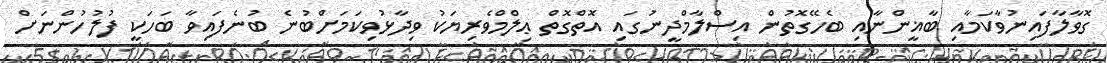
ގޮވާލާފައިނުވާކަމާއި ބާޣީންނާއި ބެހޭގޮތުން އިސްލާމްދީނުގައި އޮތްގޮތް ޢިލްމްވެރިޔަކު ވިދާޅުވިކަމަށްބުނެ ބުނެފައިވާ ބަހަކީ ފުލުހުންނަށް